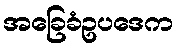
အခြေခံဥပဒေက